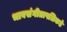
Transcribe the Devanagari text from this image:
भावसंगीतापलिकडे